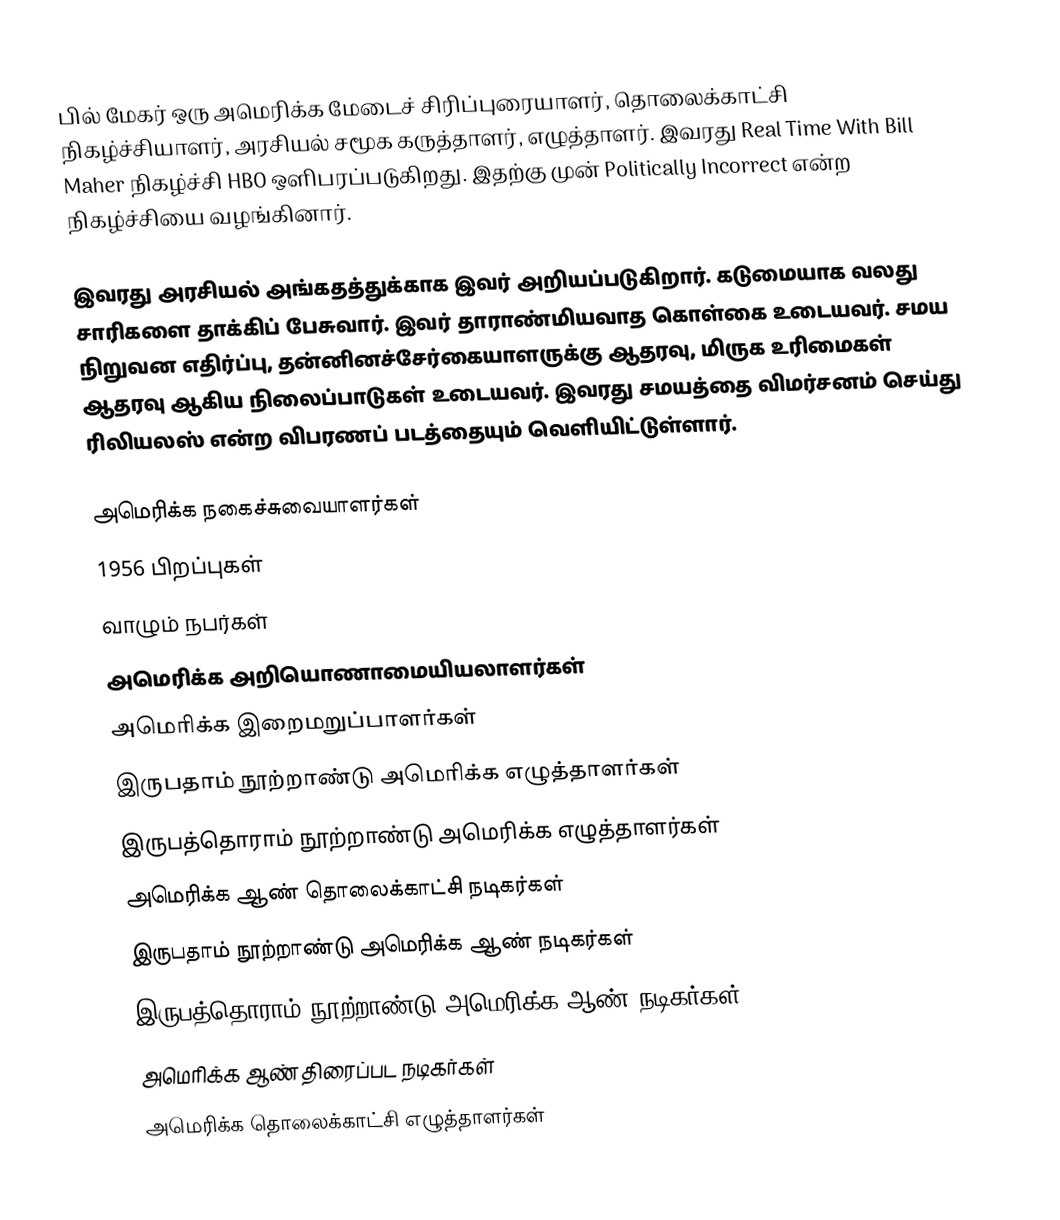
பில் மேகர் ஒரு அமெரிக்க மேடைச் சிரிப்புரையாளர், தொலைக்காட்சி நிகழ்ச்சியாளர், அரசியல் சமூக கருத்தாளர், எழுத்தாளர்.  இவரது Real Time With Bill Maher நிகழ்ச்சி HBO ஒளிபரப்படுகிறது.  இதற்கு முன் Politically Incorrect என்ற நிகழ்ச்சியை வழங்கினார்.

இவரது அரசியல் அங்கதத்துக்காக இவர் அறியப்படுகிறார்.  கடுமையாக வலது சாரிகளை தாக்கிப் பேசுவார்.  இவர் தாராண்மியவாத கொள்கை உடையவர்.  சமய நிறுவன எதிர்ப்பு, தன்னினச்சேர்கையாளருக்கு ஆதரவு, மிருக உரிமைகள் ஆதரவு ஆகிய நிலைப்பாடுகள் உடையவர்.  இவரது சமயத்தை விமர்சனம் செய்து ரிலியலஸ் என்ற விபரணப் படத்தையும் வெளியிட்டுள்ளார்.

அமெரிக்க நகைச்சுவையாளர்கள்
1956 பிறப்புகள்
வாழும் நபர்கள்
அமெரிக்க அறியொணாமையியலாளர்கள்
அமெரிக்க இறைமறுப்பாளர்கள்
இருபதாம் நூற்றாண்டு அமெரிக்க எழுத்தாளர்கள்
இருபத்தொராம் நூற்றாண்டு அமெரிக்க எழுத்தாளர்கள்
அமெரிக்க ஆண் தொலைக்காட்சி நடிகர்கள்
இருபதாம் நூற்றாண்டு அமெரிக்க ஆண் நடிகர்கள்
இருபத்தொராம் நூற்றாண்டு அமெரிக்க ஆண் நடிகர்கள்
அமெரிக்க ஆண் திரைப்பட நடிகர்கள்
அமெரிக்க தொலைக்காட்சி எழுத்தாளர்கள்